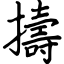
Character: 擣